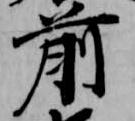
前